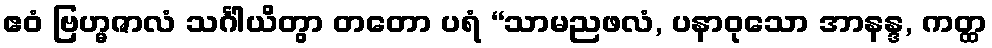
ဧဝံ ဗြဟ္မဇာလံ သင်္ဂါယိတွာ တတော ပရံ “သာမညဖလံ, ပနာဝုသော အာနန္ဒ, ကတ္ထ